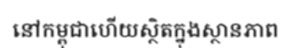
នៅកម្ពុជាហើយស្ថិតក្នុងស្ថានភាព